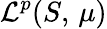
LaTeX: {\mathcal{L}}^{p}(S,\, \mu)